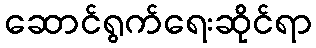
ဆောင်ရွက်ရေးဆိုင်ရာ